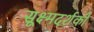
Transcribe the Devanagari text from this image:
सूक्ष्मदर्शकों